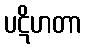
ပဋိဟတာ